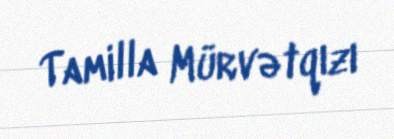
Tamilla Mürvətqızı